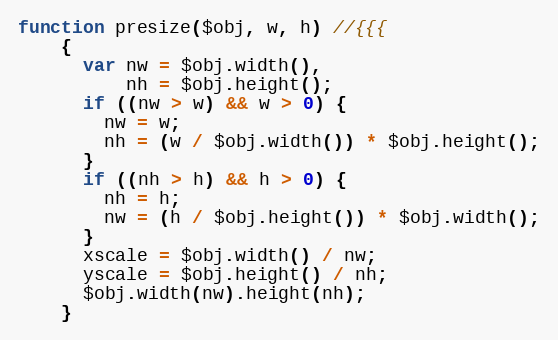
Language: JavaScript
function presize($obj, w, h) //{{{
    {
      var nw = $obj.width(),
          nh = $obj.height();
      if ((nw > w) && w > 0) {
        nw = w;
        nh = (w / $obj.width()) * $obj.height();
      }
      if ((nh > h) && h > 0) {
        nh = h;
        nw = (h / $obj.height()) * $obj.width();
      }
      xscale = $obj.width() / nw;
      yscale = $obj.height() / nh;
      $obj.width(nw).height(nh);
    }